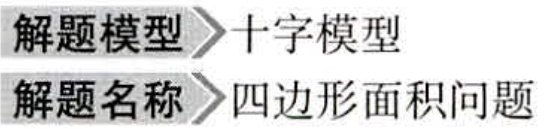
解题模型$\to$十字模型
解题名称$\to$四边形面积问题